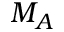
M _ { A }